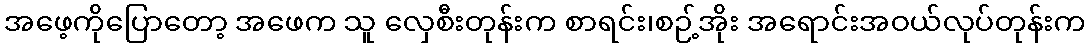
အဖေ့ကိုပြောတော့ အဖေက သူ လှေစီးတုန်းက စာရင်း၊စဉ့်အိုး အရောင်းအဝယ်လုပ်တုန်းက